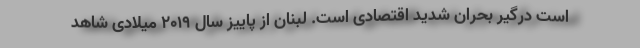
است درگیر بحران شدید اقتصادی است. لبنان از پاییز سال ۲۰۱۹ میلادی شاهد